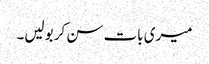
میری بات سن کر بولیں۔